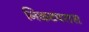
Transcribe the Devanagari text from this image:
निकटपरास